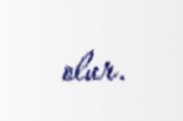
olur.